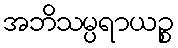
အဘိသမ္ပရာယဉ္စ